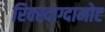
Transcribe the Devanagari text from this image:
रिक्स्दाग्दामोट